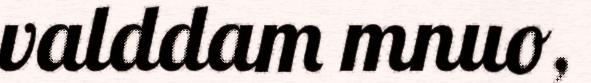
valddam mnuo,